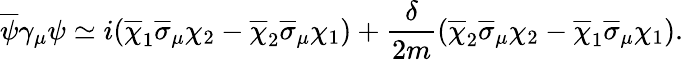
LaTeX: \overline{{{\psi}}}\gamma_{\mu}\psi\simeq i(\overline{{{\chi}}}_{1}\overline{{{\sigma}}}_{\mu}\chi_{2}-\overline{{{\chi}}}_{2}\overline{{{\sigma}}}_{\mu}\chi_{1})+{\frac{\delta}{2m}}(\overline{{{\chi}}}_{2}\overline{{{\sigma}}}_{\mu}\chi_{2}-\overline{{{\chi}}}_{1}\overline{{{\sigma}}}_{\mu}\chi_{1}).